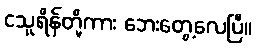
ငသူရိန်တို့ကား ဘေးတွေ့လေပြီ။